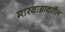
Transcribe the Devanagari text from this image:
मारवाडावरील